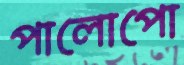
পালোপো